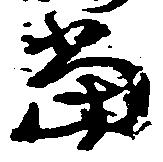
当